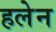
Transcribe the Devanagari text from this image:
हलेन